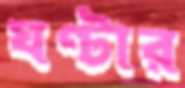
ঘণ্টার